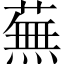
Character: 蕪